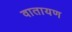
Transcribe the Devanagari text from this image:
वातायण